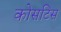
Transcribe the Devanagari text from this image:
कोसटिस